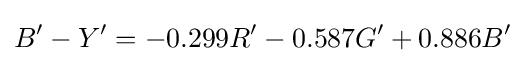
B'-Y'=-0.299R'-0.587G'+0.886B'